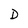
Character: D